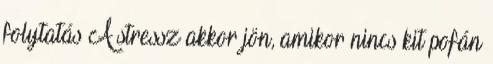
folytatás A stressz akkor jön, amikor nincs kit pofán